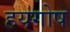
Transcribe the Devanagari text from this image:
हयगोष